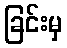
ခြင်းမှ